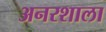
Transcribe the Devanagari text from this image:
अनरशाला